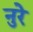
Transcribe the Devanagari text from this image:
नुरे